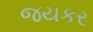
જયકર